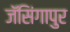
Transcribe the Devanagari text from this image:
जॅसिंगापुर